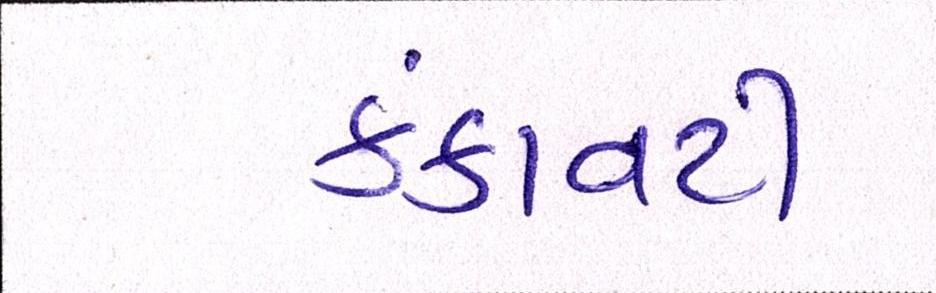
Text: કંકાવટી